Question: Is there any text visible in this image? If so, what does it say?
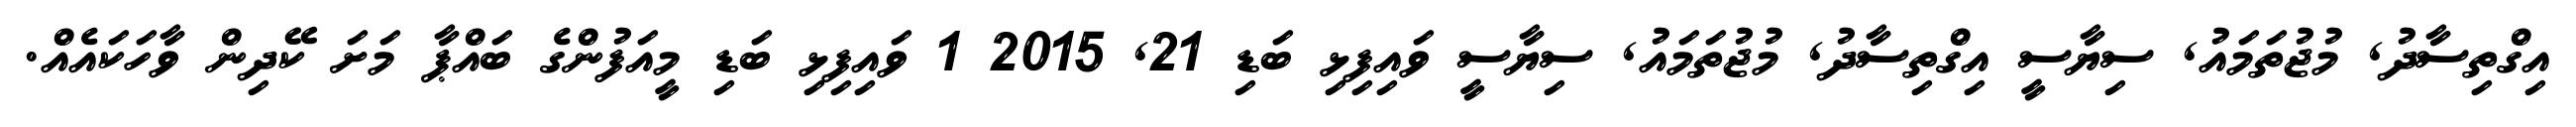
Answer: އިގްތިސާދު, މުޖުތަމައު, ސިޔާސީ އިގްތިސާދު, މުޖުތަމައު, ސިޔާސީ ވައިފިޅި ބަޑި 21, 2015 1 ވައިފިޅި ބަޑި މީއަފުންގެ ބައްޕާ މަށަ ކޭދިން ވާހަކައެއް.